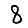
Digit: 8